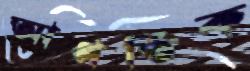
আপতিক